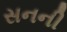
સનની